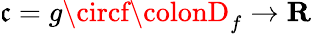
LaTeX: \mathfrak{c}=g\circf\colonD_{f}\rightarrow\mathbf{{R}}